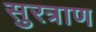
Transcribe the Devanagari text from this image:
सुरत्राण